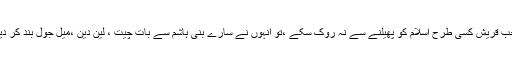
جب قریش کسی طرح اسلام کو پھیلنے سے نہ روک سکے ،تو انہوں نے سارے بنی ہاشم سے بات چیت ، لین دین ،میل جول بند کر دیا۔